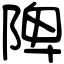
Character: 陴